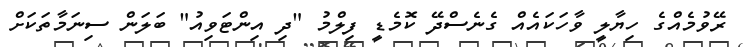
ރޭވުމެއްގެ ހިޔާލީ ވާހަކައެއް ގެނެސްދޭ ކޮމެޑީ ފިލްމު "ދި އިންޓަވިއު" ބަލަން ސިނަމާތަކަށް